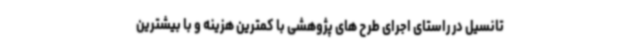
تانسیل در راستای اجرای طرح های پژوهشی با کمترین هزینه و با بیشترین